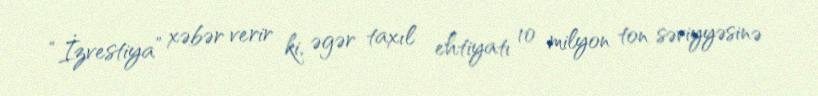
“İzvestiya” xəbər verir ki, əgər taxıl ehtiyatı 10 milyon ton səviyyəsinə